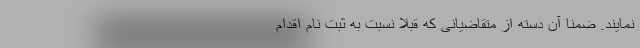
نمایند. ضمناً آن دسته از متقاضیانی که قبلاً نسبت به ثبت نام اقدام